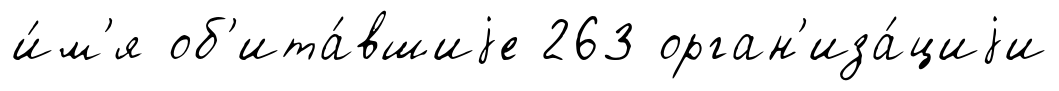
и́м'я об'ита́вшиjе 263 орган'иза́циjи